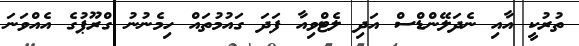
ތުރުކީ އާއި ނެދަލޭންޑްސް އަދި ލެޓްވިއާ ފަދަ ގައުމުތައް ހިމެނުނު ގްރޫޕުގެ އެއްވަނަ